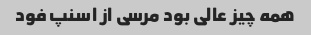
همه چیز عالی بود مرسی از اسنپ فود